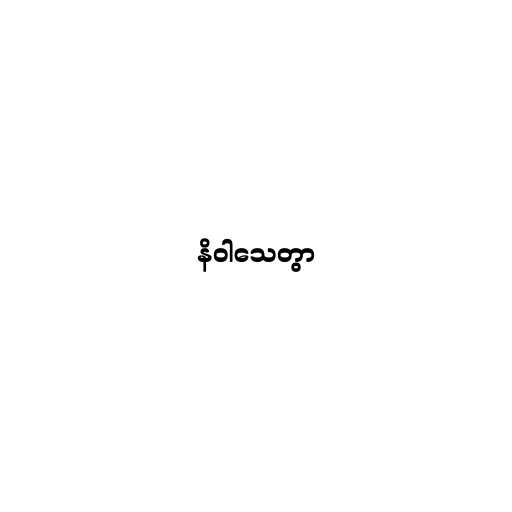
နိဝါသေတွာ